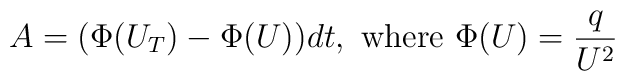
A=(\Phi(U_T)-\Phi(U))dt, \textrm{  where  } \Phi(U)=\frac{q}{U^2}